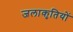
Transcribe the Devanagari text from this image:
जलाकृतियों